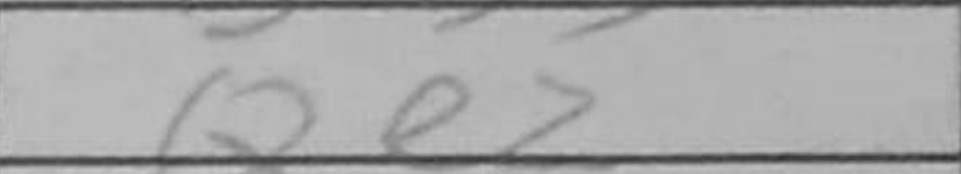
Transcription: Qe2